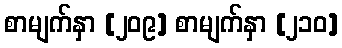
စာမျက်နှာ [၂၀၉] စာမျက်နှာ [၂၁၀]